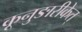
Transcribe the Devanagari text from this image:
कूनुङारीकेत्